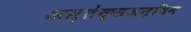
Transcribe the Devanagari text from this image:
अस्तेक्सअन्थिन